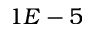
1 E - 5